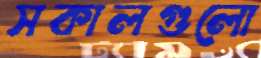
সকালগুলো